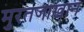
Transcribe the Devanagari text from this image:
मुरतजाखान